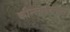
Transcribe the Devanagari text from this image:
क्वीन्सलँडच्या